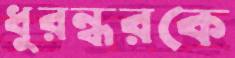
ধুরন্ধরকে